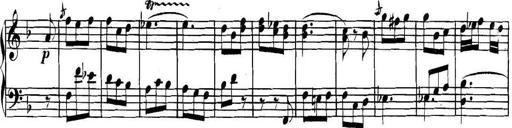
Title: Collected Piano Sonatas
Composer: Muzio Clementi